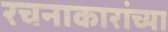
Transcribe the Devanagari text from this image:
रचनाकारांच्या